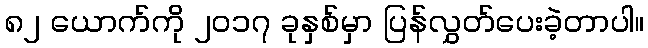
၈၂ ယောက်ကို ၂၀၁၇ ခုနှစ်မှာ ပြန်လွှတ်ပေးခဲ့တာပါ။